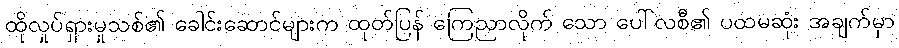
ထိုလှုပ်ရှားမှုသစ်၏ ခေါင်းဆောင်များက ထုတ်ပြန် ကြေညာလိုက် သော ပေါ်လစီ၏ ပထမဆုံး အချက်မှာ